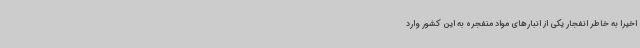
اخیرا به خاطر انفجار یکی از انبارهای مواد منفجره به این کشور وارد